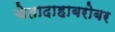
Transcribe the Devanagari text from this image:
चेतादाहाबरोबर